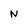
Character: N